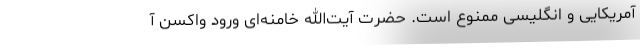
آمریکایی و انگلیسی ممنوع است. حضرت آیت‌الله خامنه‌ای ورود واکسن آ